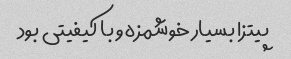
پیتزا بسیار خوشمزه و با کیفیتی بود